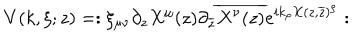
V ( k , \xi ; z ) = : \xi _ { \mu \nu } \partial _ { z } X ^ { \mu } ( z ) \partial _ { \overline { { { z } } } } \overline { { { X ^ { \nu } ( z ) } } } e ^ { i k _ { \rho } X ( z , \overline { { { z } } } ) ^ { \rho } } :